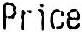
PRICE